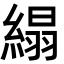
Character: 䌈